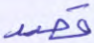
قصد